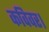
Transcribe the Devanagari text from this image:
कविवर।